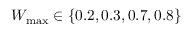
W _ { \mathrm { m a x } } \in \{ 0 . 2 , 0 . 3 , 0 . 7 , 0 . 8 \}